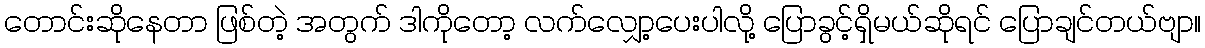
တောင်းဆိုနေတာ ဖြစ်တဲ့ အတွက် ဒါကိုတော့ လက်လျှော့ပေးပါလို့ ပြောခွင့်ရှိမယ်ဆိုရင် ပြောချင်တယ်ဗျာ။